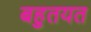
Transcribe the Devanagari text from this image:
बहुतयत